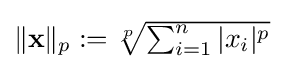
{\textstyle \|\mathbf {x} \|_{p}:={\sqrt[{p}]{\sum _{i=1}^{n}|x_{i}|^{p}}}}